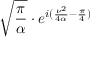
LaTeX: { \sqrt { \frac { \pi } { \alpha } } } \cdot e ^ { i ( { \frac { \nu ^ { 2 } } { 4 \alpha } } - { \frac { \pi } { 4 } } ) }